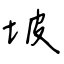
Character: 坡